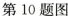
第10题图